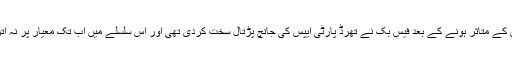
واضح رہے کہ کیمبرج اینالیٹکا اسکینڈل سے 87 ملین صارفین کے متاثر ہونے کے بعد فیس بک نے تھرڈ پارٹی ایپس کی جانچ پڑتال سخت کردی تھی اور اس سلسلے میں اب تک معیار پر نہ اترنے والی 400 سے زائد ایپلی کیشنز کو معطل کیا جاچکا ہے۔